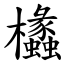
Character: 欚